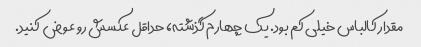
مقدار کالباس خیلی کم بود. یک چهارم گذشته، حداقل عکسش رو عوض کنید.